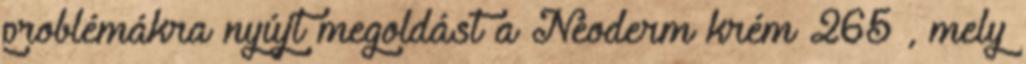
problémákra nyújt megoldást a Neoderm krém 265 , mely